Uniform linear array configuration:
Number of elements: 48
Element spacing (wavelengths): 0.75
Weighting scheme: exponential
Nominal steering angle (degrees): -15
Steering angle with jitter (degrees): -16.791
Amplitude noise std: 0.05
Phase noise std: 0.05

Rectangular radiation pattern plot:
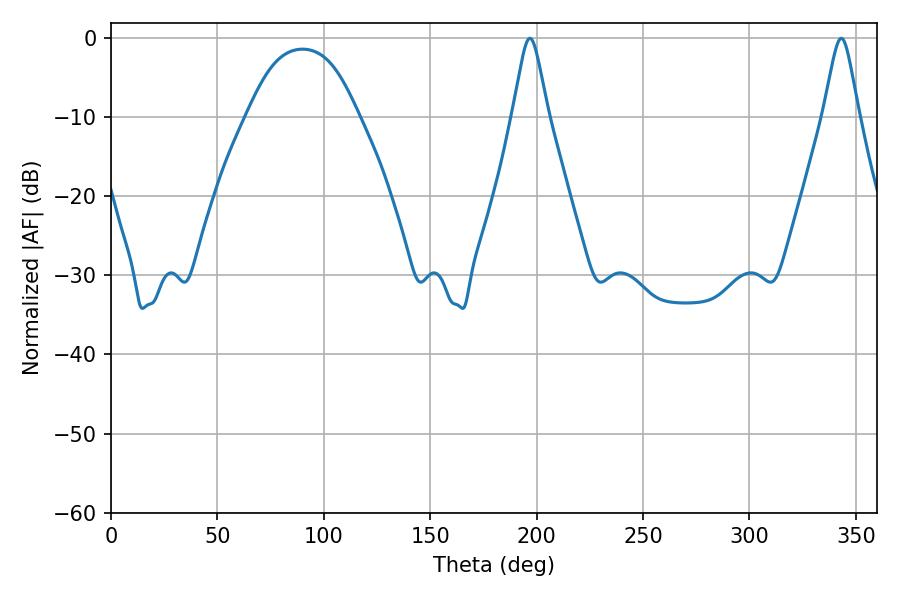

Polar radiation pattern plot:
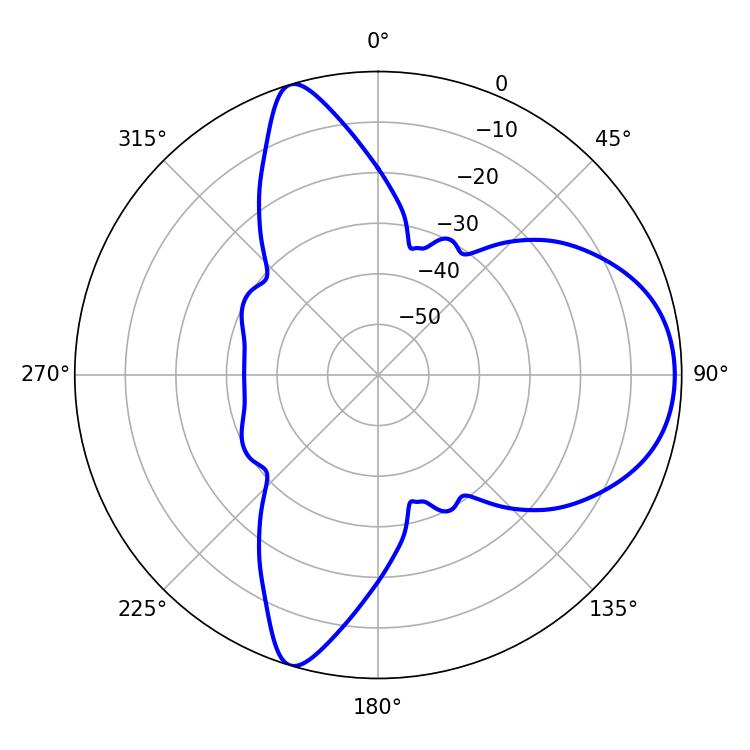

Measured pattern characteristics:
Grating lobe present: TRUE
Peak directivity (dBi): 7.751
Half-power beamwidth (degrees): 7.92
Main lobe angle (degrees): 196.92